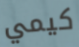
كيمي